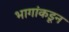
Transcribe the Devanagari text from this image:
भागांकडून